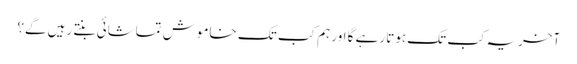
آخریہ کب تک ہوتا رہے گا اور ہم کب تک خاموش تماشائی بنتے رہیں گے؟